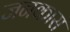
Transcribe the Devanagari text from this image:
जनकास